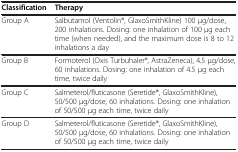
<table><thead><tr><td><b>Classification</b></td><td><b>Therapy</b></td></tr></thead><tbody><tr><td>Group A</td><td>Salbutamol (Ventolin®, GlaxoSmithKline) 100 μg/dose, 200 inhalations. Dosing: one inhalation of 100 μg each time (when needed), and the maximum dose is 8 to 12 inhalations a day</td></tr><tr><td>Group B</td><td>Formoterol (Oxis Turbuhaler®, AstraZeneca), 4.5 μg/dose, 60 inhalations. Dosing: one inhalation of 4.5 μg each time, twice daily</td></tr><tr><td>Group C</td><td>Salmeterol/fluticasone (Seretide®, GlaxoSmithKline), 50/500 μg/dose, 60 inhalations. Dosing: one inhalation of 50/500 μg each time, twice daily</td></tr><tr><td>Group D</td><td>Salmeterol/fluticasone (Seretide®, GlaxoSmithKline), 50/500 μg/dose, 60 inhalations. Dosing: one inhalation of 50/500 μg each time, twice daily</td></tr></tbody></table>